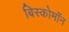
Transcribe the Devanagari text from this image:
बिस्कोमॉन